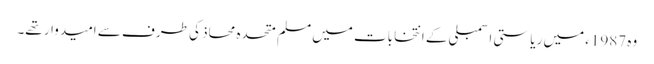
وہ 1987ء میں ریاستی اسمبلی کے انتخابات میں مسلم متحدہ محاذ کی طرف سے امیدوار تھے۔